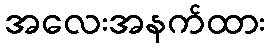
အလေးအနက်ထား